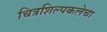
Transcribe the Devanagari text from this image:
चित्रशिल्पकलेचा